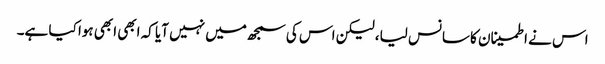
اس نے اطمینان کا سانس لیا، لیکن اس کی سمجھ میں نہیں آیا کہ ابھی ابھی ہوا کیا ہے۔